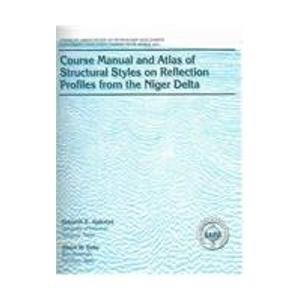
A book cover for Course Manual & Atlas of Structural Styles on Reflection Profiles from the Niger Delta; Deborah E. Ajakaiye; Travel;